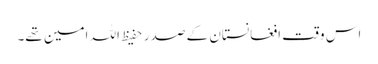
اس وقت افغانستان کے صدر حفیظ اللہ امین تھے۔